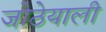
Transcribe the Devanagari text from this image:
जोठेयाली